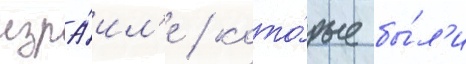
изра́ил'е / кото́рые бы́л'и